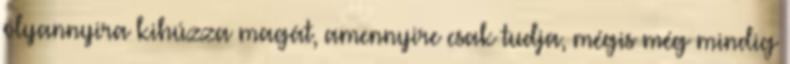
olyannyira kihúzza magát, amennyire csak tudja, mégis még mindig